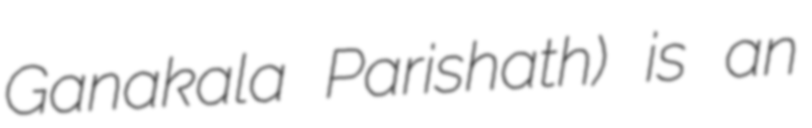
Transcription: Ganakala Parishath) is an